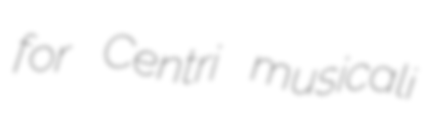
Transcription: for Centri musicali